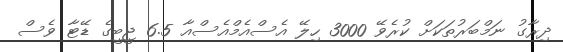
ދިރާގު ނަމްބަރުތަކަށް ކުރެވޭ 3000 ހިލޭ އެސްއެމްއެސްއާ 6.5 ޖީބީގެ ޑޭޓާ ވެސް